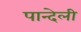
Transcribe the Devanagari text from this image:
पान्देली